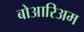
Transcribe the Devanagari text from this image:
बोआरिअम